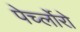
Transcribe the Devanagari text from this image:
पेर्च्लोरो